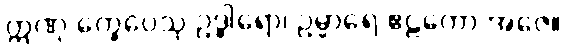
ဣဏု’က္ခေပေသု ဥဒ္ဓါရော၊ ဥမ္မာရေ ဧဠကော အဇေ။